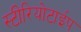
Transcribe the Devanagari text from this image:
स्टीरियोटाईप